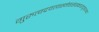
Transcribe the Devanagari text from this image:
गुरुत्वद्रवत्वस्नेहसंस्कारादृष्टशब्दा